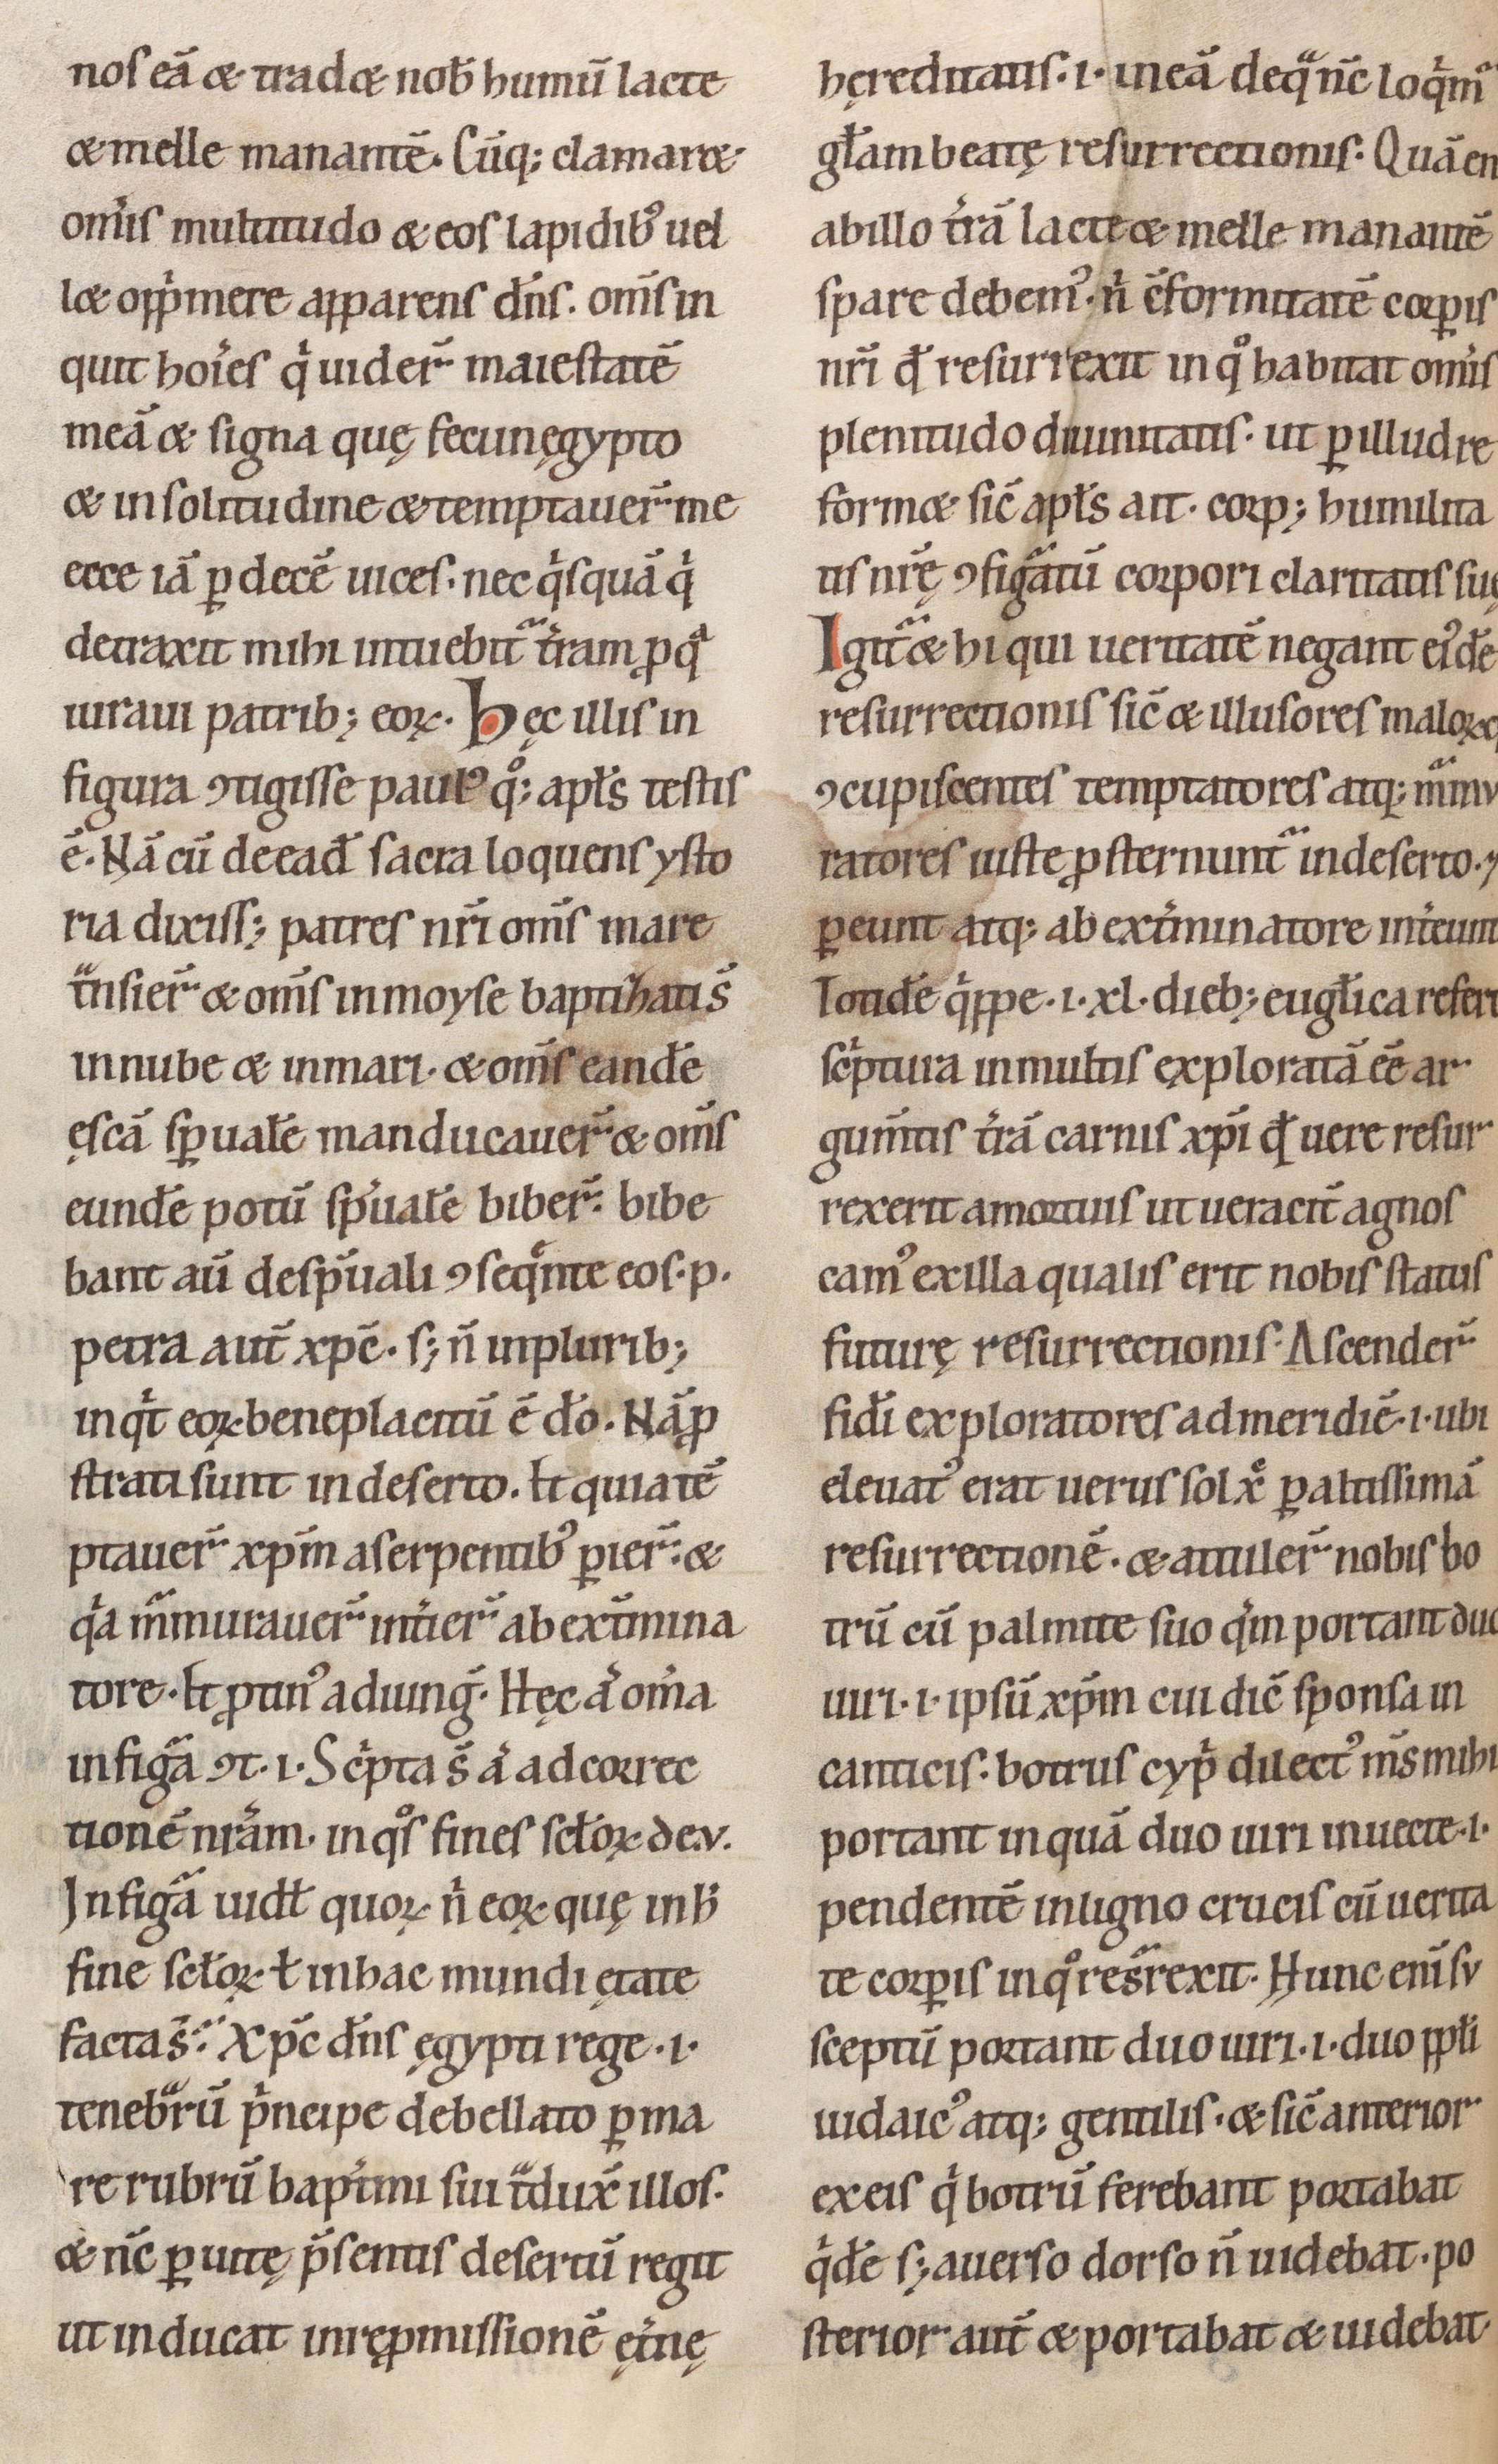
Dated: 1100–1199